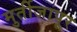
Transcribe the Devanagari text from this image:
मुर्तीजापूर